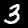
Digit: 3